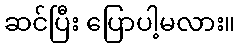
ဆင်ပြီး ပြောပါ့မလား။